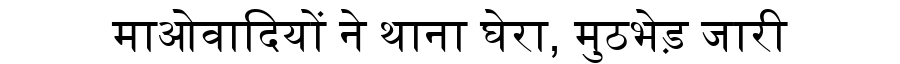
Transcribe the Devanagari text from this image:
माओवादियों ने थाना घेरा, मुठभेड़ जारी